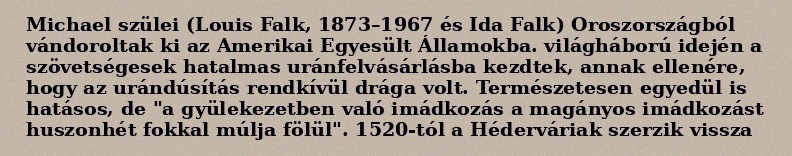
Michael szülei (Louis Falk, 1873–1967 és Ida Falk) Oroszországból vándoroltak ki az Amerikai Egyesült Államokba. világháború idején a szövetségesek hatalmas uránfelvásárlásba kezdtek, annak ellenére, hogy az urándúsítás rendkívül drága volt. Természetesen egyedül is hatásos, de "a gyülekezetben való imádkozás a magányos imádkozást huszonhét fokkal múlja fölül". 1520-tól a Héderváriak szerzik vissza